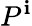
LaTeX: P^{\mathbf{i}}